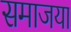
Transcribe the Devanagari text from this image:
समाजया